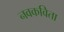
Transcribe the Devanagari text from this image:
नवकविता